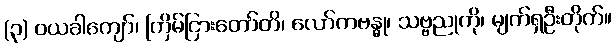
(၃) ဝယခါကျော်၊ ကြိမ်ငြားတော်တိ၊ လော်ကဗန္ဓု၊ သဗ္ဗညုကို၊ မျက်ရှဦးတိုက်။